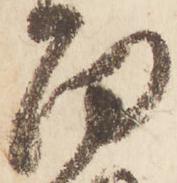
面